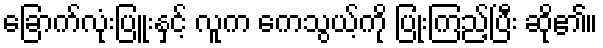
ခြောက်လုံးပြူးနှင့် လူက ကေသွယ့်ကို ပြုံးကြည့်ပြီး ဆို၏။